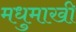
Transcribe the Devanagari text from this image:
मधुमाखी